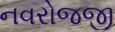
નવરોજજી